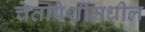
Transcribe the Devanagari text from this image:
चेतापेशींमधील